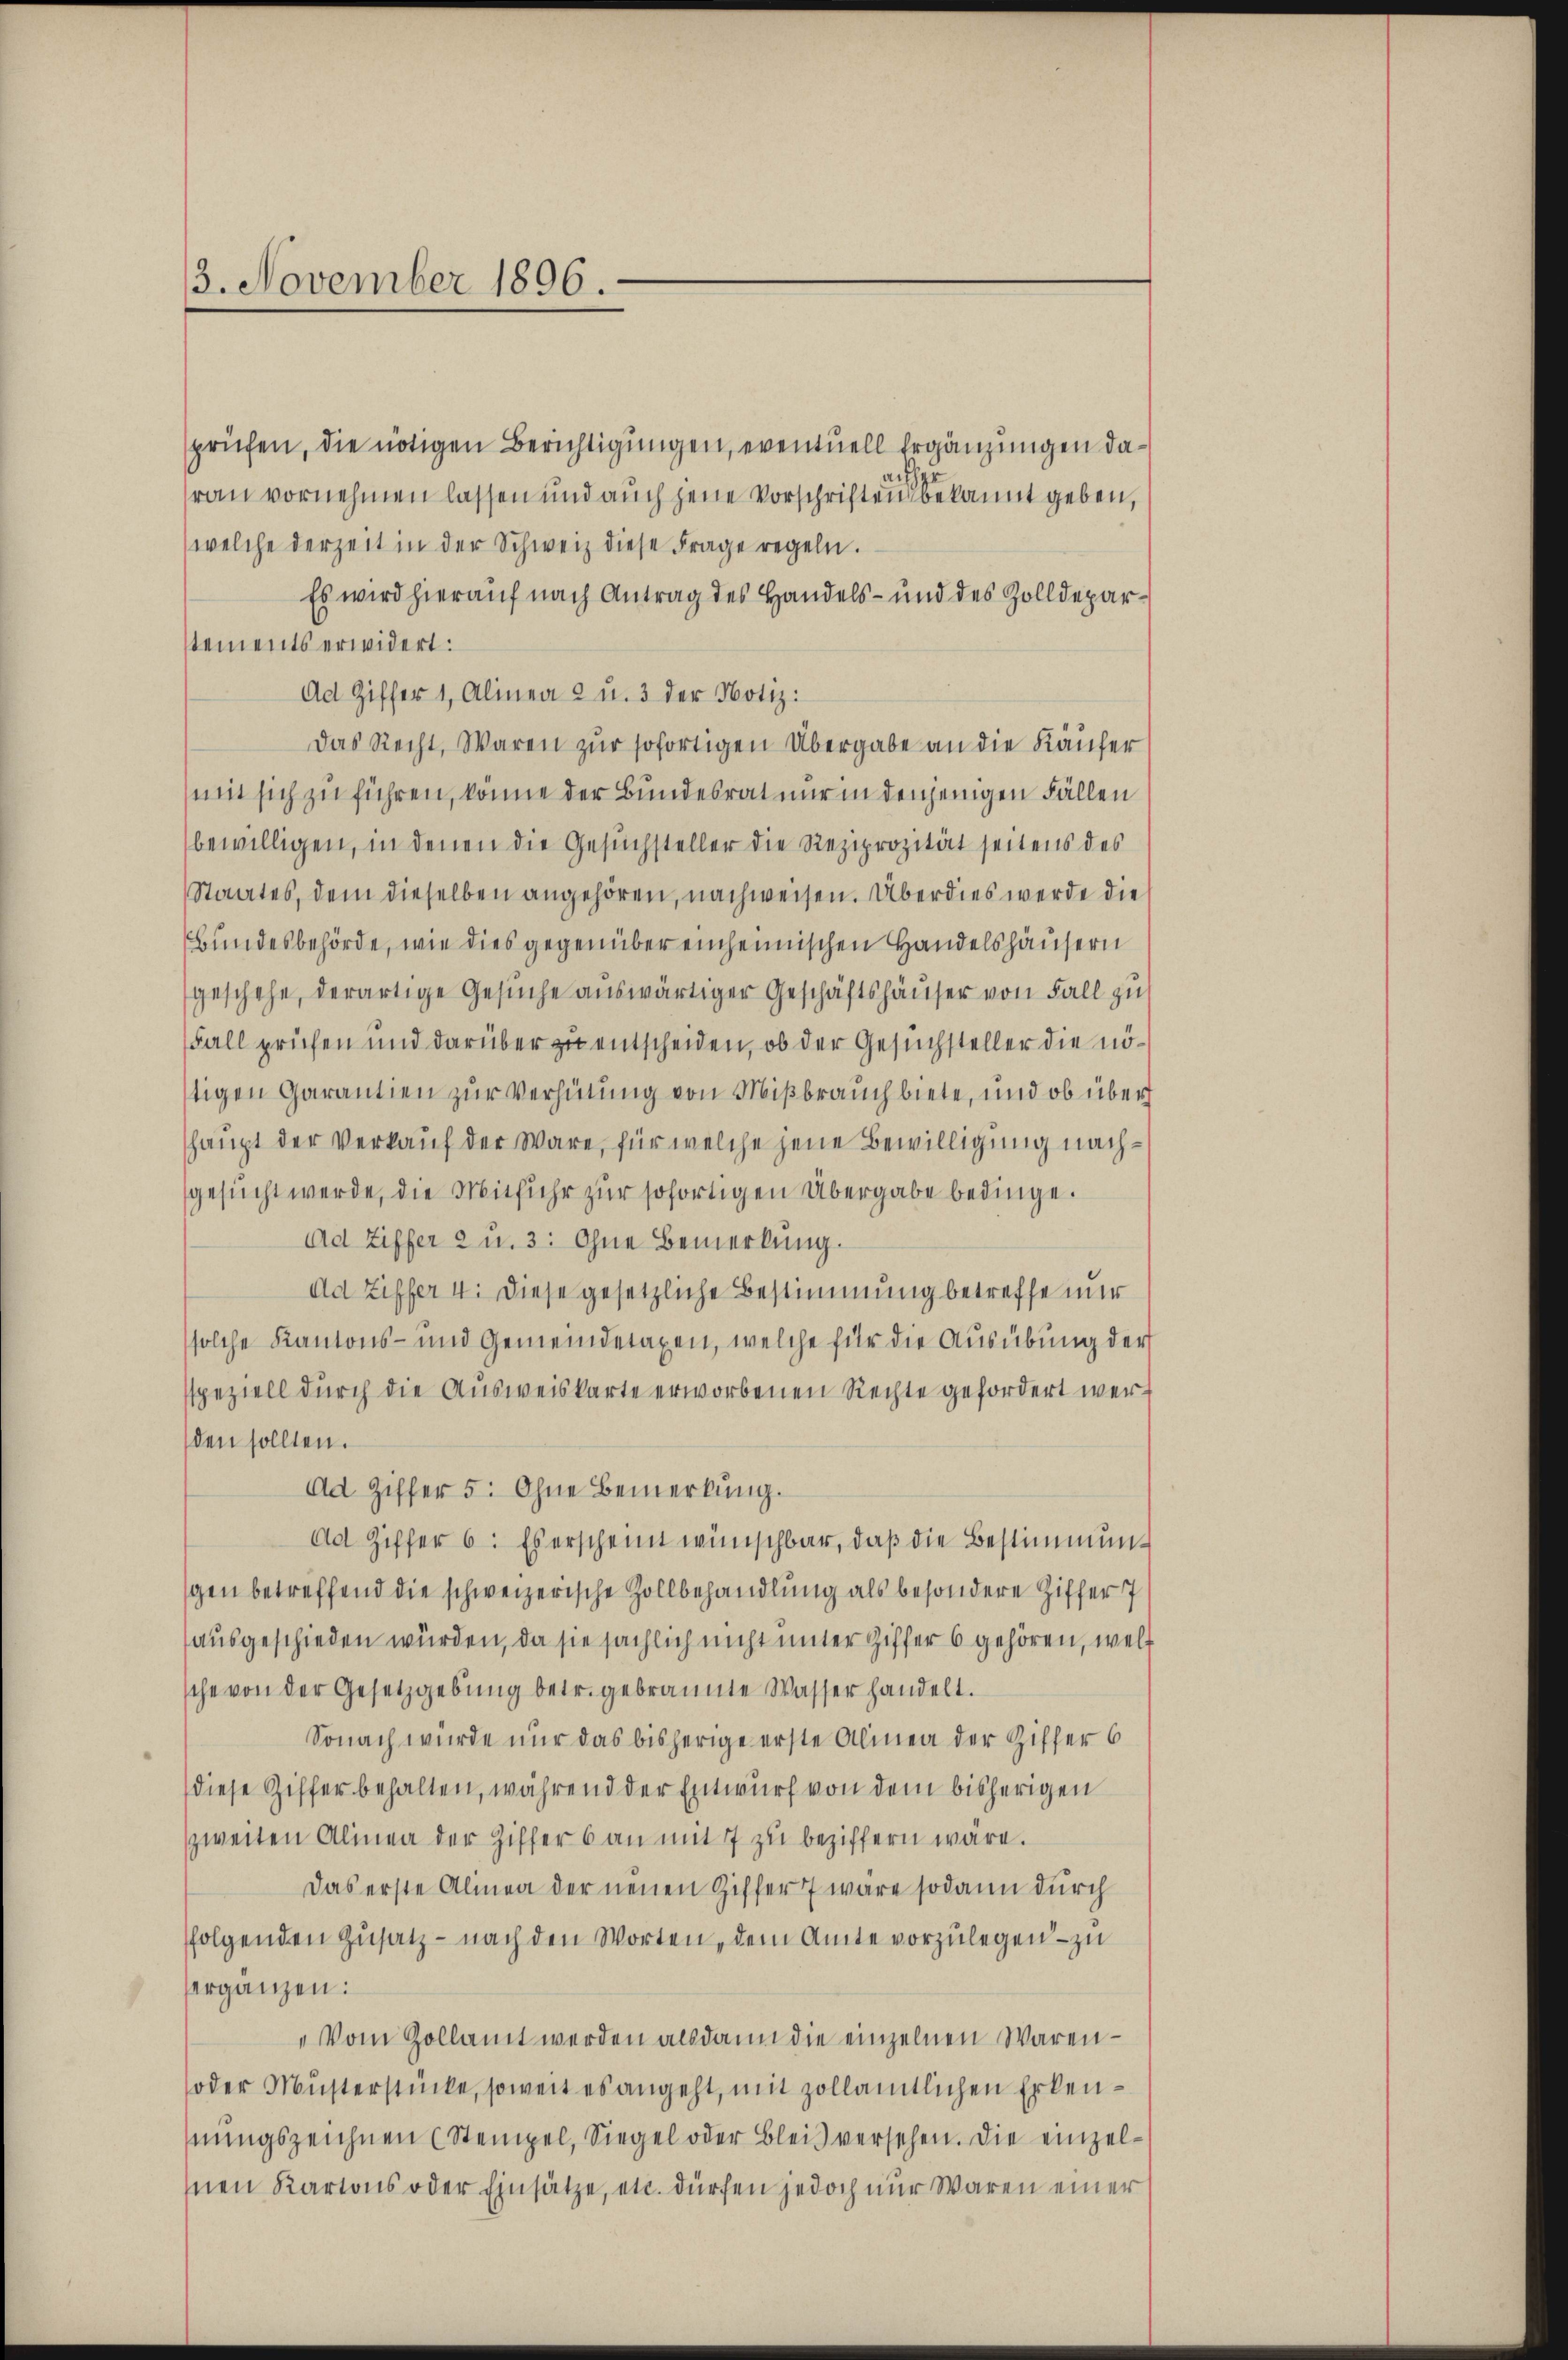
3. November 1896.

sprüfen, die nötigen Berichtigungen, eventuell Ergänzungen daafher
ran vornehmen lassen und auch jene Vorschriften bekannt geben,
welche derzeit in der Schweiz diese Frage regeln.
Es wird hierauf nach Antrag des Handels- und des Zolldeparstements erwidert:
Ad Ziffer 1, Alinea 2 u. 3 der Notiz:
das Recht, Waren zur sofortigen Übergabe an die Käufer
mit sich zu führen, könne der Bundesrat nur in denjenigen Fällen
bewilligen, in denen die Gesuchsteller die Reziprozität seitens des
Staates, dem dieselben angehören, nachweisen. Überdies werde die
Bundesbehörde, wie dies gegenüber einheimischen Handelshäusern
geschehe, derartige Gesuche auswärtiger Geschäftshäuser von Fall zu
Fall prüfen und darüber zu entscheiden, ob der Gesuchsteller die nötigen Garantien zur Verhütung von Mißbrauchbiete, und ob über
haupt der Verkauf der Ware, für welche jene Bewilligung nachgesucht werde, die Mitfuhr zur sofortigen Übergabe bedinge.
Ad Ziffer 2 u. 3: Ohne Bemerkung.
Ad Ziffer 4. Diese gesetzliche Bestimmung betreffe mir
solche Kantons- und Gemeindetaxen, welche für die Ausübung der
speziell durch die Ausweiskarte erworbenen Rechte gefordert werden sollten.
Ad Ziffer 5. Ohne Bemerkung.
ad Ziffer 6: Es erscheint wünschbar, daß die Bestimmung
gen betreffend die schweizerische Zollbehandlung als besondere Ziffer 7
ausgeschieden würden, da sie sächlich nicht unter Ziffer 6 gehören, welc
sche von der Gesetzgebung betr. gebrannte Wasser handelt.
Sonach würde nur das bisherige erste Almen der Ziffer 6
diese Ziffer behalten, während der Entwurf von dem bisherigen
zweiten Alinea der Ziffer 6 an mit 7 zu beziffern wäre.
Das erste Alinea der neuen Ziffer 7 wäre sodann durch
folgenden Zusatz – nach den Worten, dem Amte vorzulegen – zu
ergänzen:
„Vom Gollamt werden alsdann die einzelnen Waren-
oder Musterstücke, soweit es angeht, mit zollamtlichen Erkenhnungszeichnen (Stempel, Siegel oder Bleis versehen. Die einzelnen Kartons oder Einsätze, etc. dürfen jedoch nur waren einer